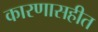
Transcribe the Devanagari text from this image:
कारणासहीत